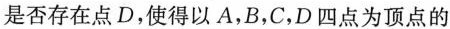
是否存在点D，使得以A，B，C，D四点为顶点的